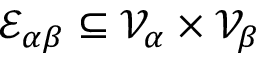
\mathcal { E } _ { \alpha \beta } \subseteq \mathcal { V } _ { \alpha } \times \mathcal { V } _ { \beta }